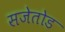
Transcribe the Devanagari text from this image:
सजेतोड